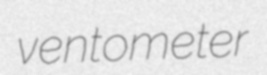
ventometer